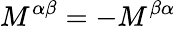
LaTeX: M^{\alpha\beta}=-M^{\beta\alpha}